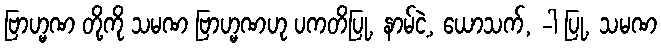
ဗြာဟ္မဏ တို့ကို သမဏ ဗြာဟ္မဏဟု ပကတိပြု, နာမ်ငဲ့, ယောသက်, -ါ ပြု, သမဏ